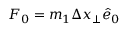
F _ { 0 } = m _ { 1 } \Delta x _ { \perp } \hat { e } _ { 0 }